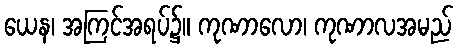
ယေန၊ အကြင်အရပ်၌။ ကုဏာလော၊ ကုဏာလအမည်